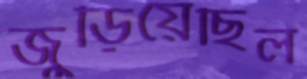
জুড়িয়েছিল